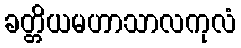
ခတ္တိယမဟာသာလကုလံ